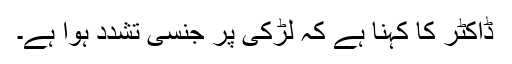
ڈاکٹر کا کہنا ہے کہ لڑکی پر جنسی تشدد ہوا ہے۔